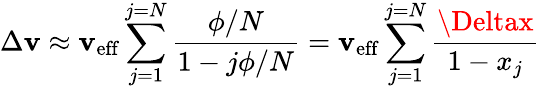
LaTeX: \Delta\mathbf{v}\approx\mathbf{v}_{\mathrm{{{eff}}}}\sum_{j=1}^{j=N}{\frac{{\phi/N}}{{1-j\phi/N}}}=\mathbf{v}_{\mathrm{{{eff}}}}\sum_{j=1}^{j=N}{\frac{{\Deltax}}{{1-x_{j}}}}